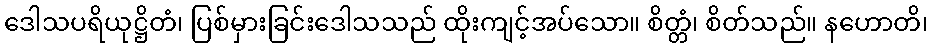
ဒေါသပရိယုဋ္ဌိတံ၊ ပြစ်မှားခြင်းဒေါသသည် ထိုးကျင့်အပ်သော။ စိတ္တံ၊ စိတ်သည်။ နဟောတိ၊